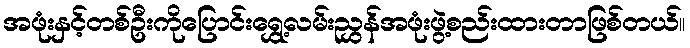
အဖုံးနှင့်တစ်ဦးကိုပြောင်းရွှေ့လမ်းညွှန်အဖုံးဖွဲ့စည်းထားတာဖြစ်တယ်။